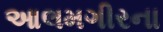
આલમગીરના